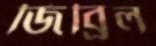
জিব্রিল